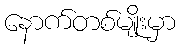
နောက်တစ်မျိုးမှာ